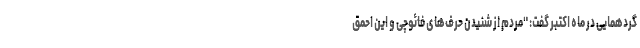
گردهمایی در ماه اکتبر گفت: "مردم از شنیدن حرف‌های فائوچی و این احمق